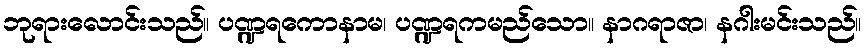
ဘုရားလောင်းသည်။ ပဏ္ဍရကောနာမ၊ ပဏ္ဍရကမည်သော။ နာဂရာဇာ၊ နဂါးမင်းသည်။